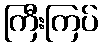
ကြီးကြပ်